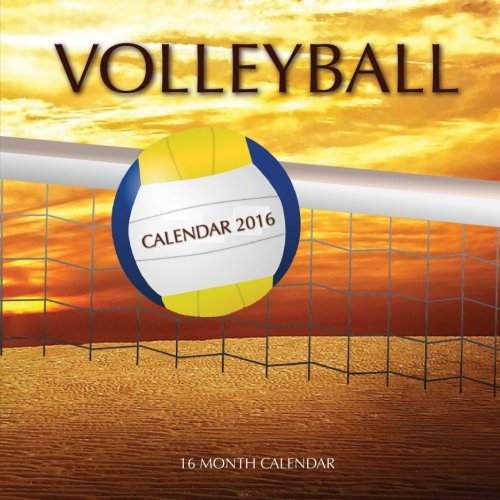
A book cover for Volleyball Calendar 2016: 16 Month Calendar; Jack Smith; Sports & Outdoors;